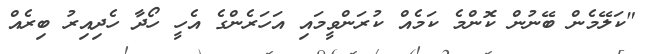
"ކަލޭމެން ބޭނުން ކޮންމެ ކަމެއް ކުރަންވީމައި އަހަރެންގެ އެހީ ހޯދާ ހެދިއިރު ބިރެއް